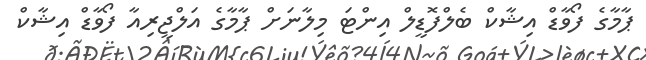
ޕާމާގެ ފޯވާޑް އިޝާކް ބެލްފޮޑީލް އިންޓަ މިލާނަށް ޕާމާގެ އަލްޖީރިއާ ފޯވާޑް އިޝާކް